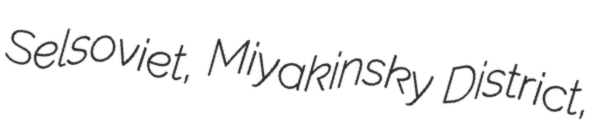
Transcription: Selsoviet, Miyakinsky District,